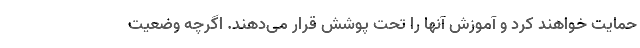
حمایت خواهند کرد و آموزش آنها را تحت پوشش قرار می‌دهند. اگرچه وضعیت